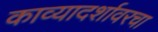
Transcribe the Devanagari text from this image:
काव्यादर्शावरचा